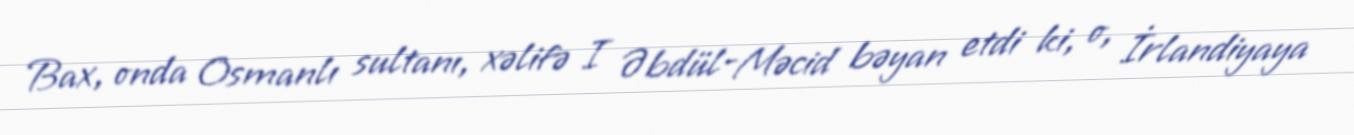
Bax, onda Osmanlı sultanı, xəlifə I Əbdül-Məcid bəyan etdi ki, o, İrlandiyaya